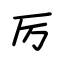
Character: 厉